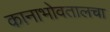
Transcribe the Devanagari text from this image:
कानाभोवतालचा